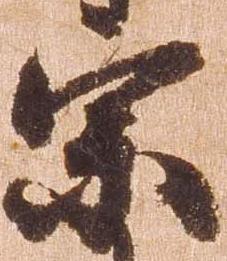
宗